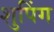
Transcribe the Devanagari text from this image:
शुपिंग